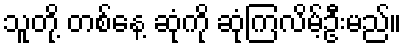
သူတို့ တစ်နေ့ ဆုံကို ဆုံကြလိမ့်ဦးမည်။